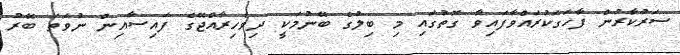
ސަރުކާރުން ފާހަގަކުރައްވާފައިވާ ގޮތުގައި މި ބިލުގެ ބޭނުމަކީ ދިވެހިރާއްޖޭގެ ފައިސާއިން ނުވަތަ ބޭރު